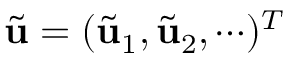
{ \tilde { \bf u } } = ( { \tilde { \bf u } _ { 1 } } , { \tilde { \bf u } _ { 2 } } , \cdots ) ^ { T }